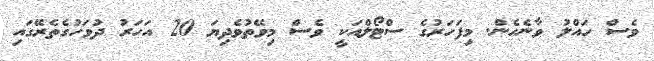
ވެސް ހައްލު ވާނެހެން. މިފަހަރުގެ ސްޓޯލްއަކީ ވެސް މިވޭތުވެދިޔަ 20 އަހަރު ދުވަހުގެތެރޭގައި